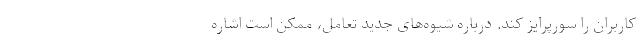
کاربران را سورپرایز کند. درباره شیوه‌های جدید تعامل، ممکن است اشاره